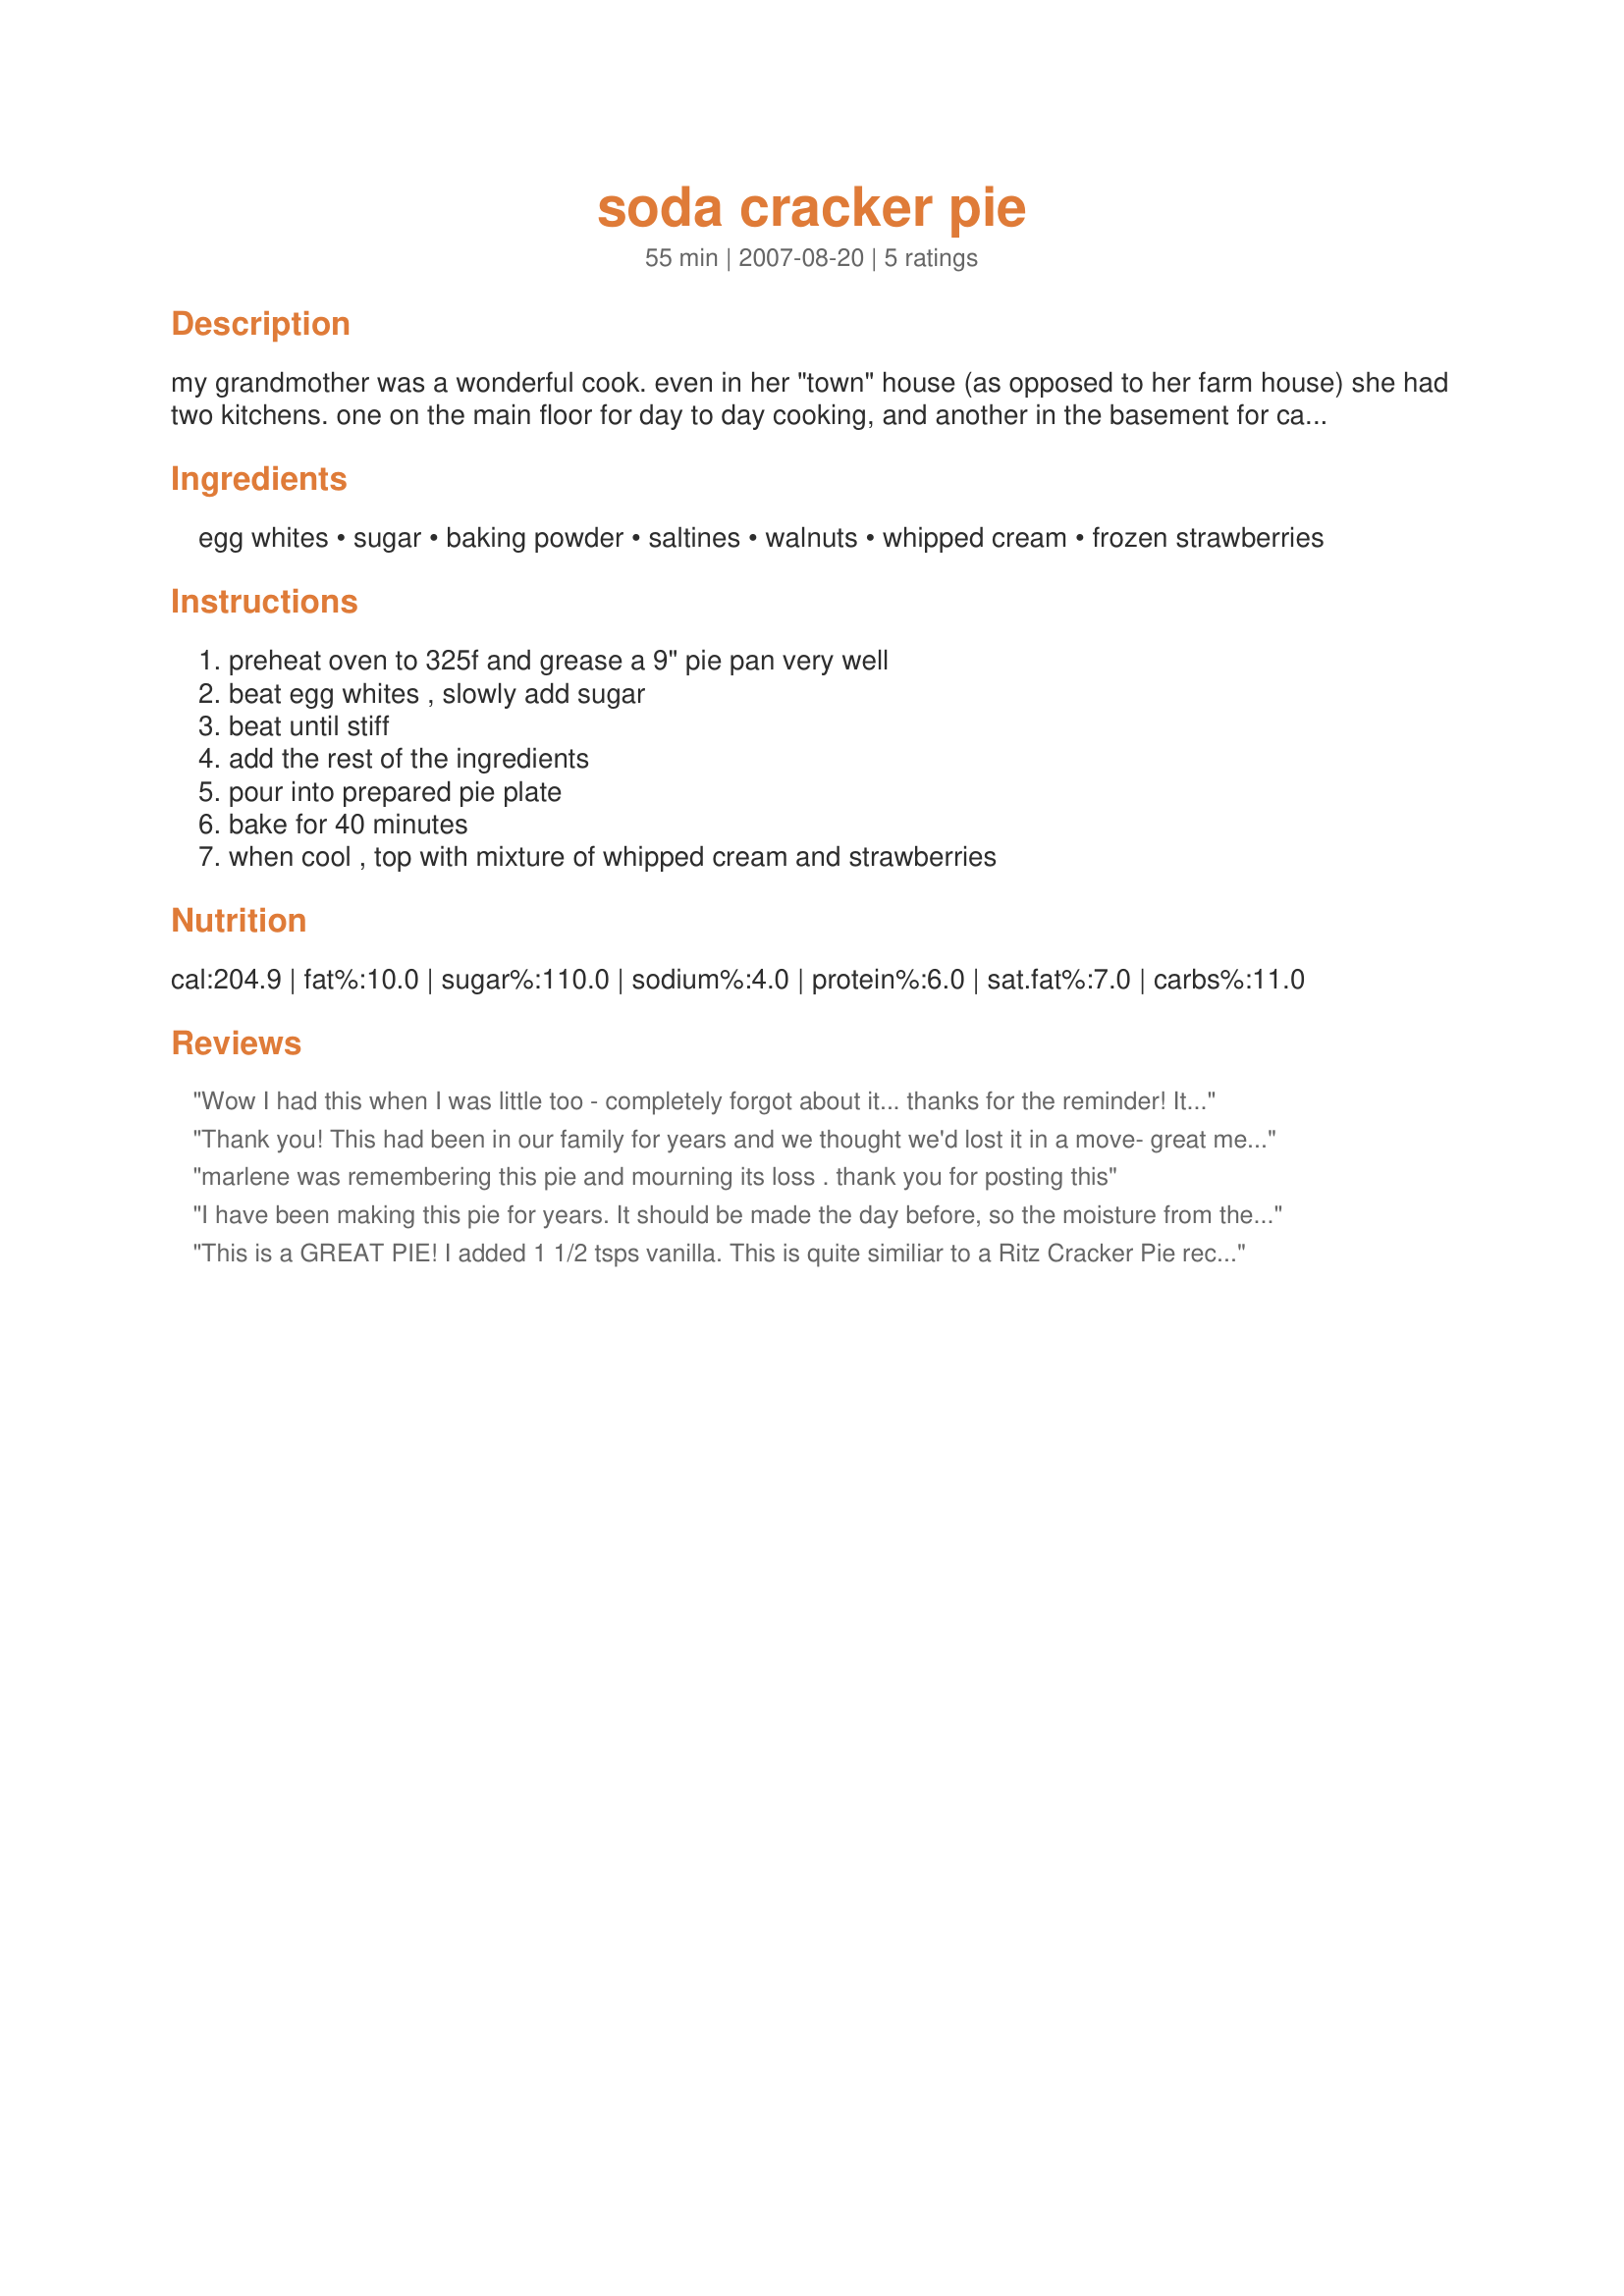
soda cracker pie
Preparation time: 55 minutes

my grandmother was a wonderful cook. even in her "town" house (as opposed to her farm house) she had two kitchens. one on the main floor for day to day cooking, and another in the basement for canning and preserving. after her death, my mother and i were cleaning out the cupboards in the basement kitchen. we found recipe box after recipe box. when my mom found this recipe, she almost did a cartwheel! i looked at the recipe and thought, "ok, this doesn't really sound all that good...." mom told me, "wait til you try it!!" it's now one of my favorite desserts. the crust is dense and somewhat salty, which perfectly balances the creamy sweetness of the topping.

Ingredients:
egg whites, sugar, baking powder, saltines, walnuts, whipped cream, frozen strawberries

Steps:
preheat oven to 325f and grease a 9" pie pan very well, beat egg whites , slowly add sugar, beat until stiff, add the rest of the ingredients, pour into prepared pie plate, bake for 40 minutes, when cool , top with mixture of whipped cream and strawberries

Reviews:
Wow I had this when I was little too - completely forgot about it... thanks for the reminder! It's very good, easy, unusual (and memorable). Will experiment w/other fruit toppings. The walnuts are essential.
Thank you! This had been in our family for years and we thought we'd lost it in a move- great memories!!!!!
marlene was remembering this pie and mourning its loss . thank you for posting this
I have been making this pie for years. It should be made the day before, so the moisture from the whipped cream can soak through the crust and it is like eating caramel. And also, you forgot the vanilla extract.
This is a GREAT PIE! I added 1 1/2 tsps vanilla. This is quite similiar to a Ritz Cracker Pie recipe. I like this very much. My topping was hot sweet cooked rhubarb that was thickened with tapioca and cornstarch and cool whip. Yumm! My Grandma used to call this Poverty Pie with a Rich Taste and she was right! Thanks for posting!
